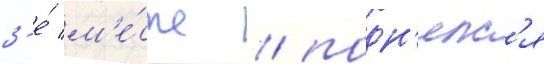
3-е́ м'е́сто / подн'ялс'я